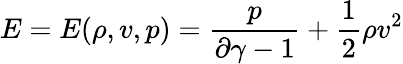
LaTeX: E=E(\rho,v,p)=\frac{p}{\partial\gamma-1}+\frac{1}{2}\rho v^{2}